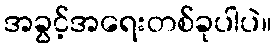
အခွင့်အရေးတစ်ခုပါပဲ။